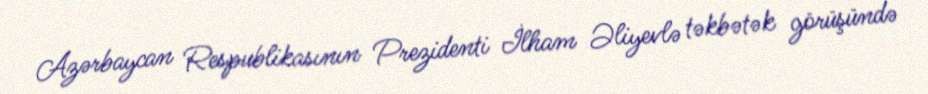
Azərbaycan Respublikasının Prezidenti İlham Əliyevlə təkbətək görüşündə